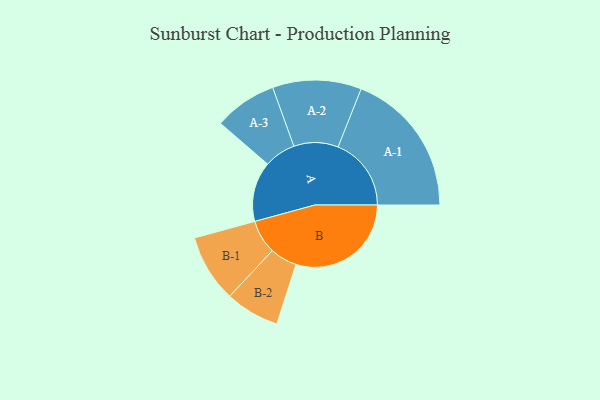
{"axis": {"x": "Segment", "y": "Value"}, "legend": ["", "A", "B"], "data": [{"x": "A", "y": 246, "type": ""}, {"x": "B", "y": 473, "type": ""}, {"x": "A-1", "y": 300, "type": "A"}, {"x": "A-2", "y": 182, "type": "A"}, {"x": "A-3", "y": 129, "type": "A"}, {"x": "B-1", "y": 139, "type": "B"}, {"x": "B-2", "y": 111, "type": "B"}]}